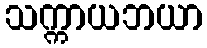
သက္ကာယဘယာ